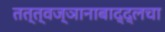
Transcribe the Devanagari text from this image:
तत्त्वज्ञानाबाद्द्लचा